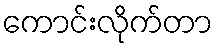
ကောင်းလိုက်တာ